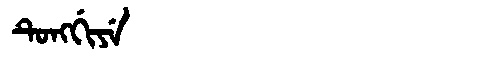
Manchu: ᡨᡠᠩᡤᡳᠶᡝ
Romanization: TUNGGIYE